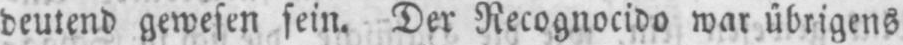
deutend gewesen sein. Der Recognocido war übrigens